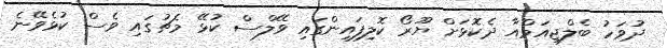
ދުވަހު ބެލްޖިއަމްއާ ދެކޮޅަށް ޔޫރޯ ކޮލިފައިންގައި ވޭލްސް ކުޅޭ މެޗުގައި ވެސް ކުޅެވޭނެ